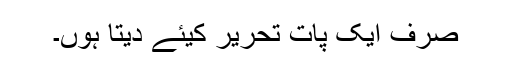
صرف ایک پات تحریر کیئے دیتا ہوں۔